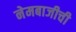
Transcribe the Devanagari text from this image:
नेमबाजीची